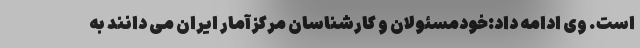
است. وی ادامه داد:خودمسئولان و کارشناسان مرکزآمار ایران می دانند به